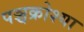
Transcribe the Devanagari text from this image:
पञ्चक्रोश्या